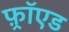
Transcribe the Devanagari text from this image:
फ़्रॉएड